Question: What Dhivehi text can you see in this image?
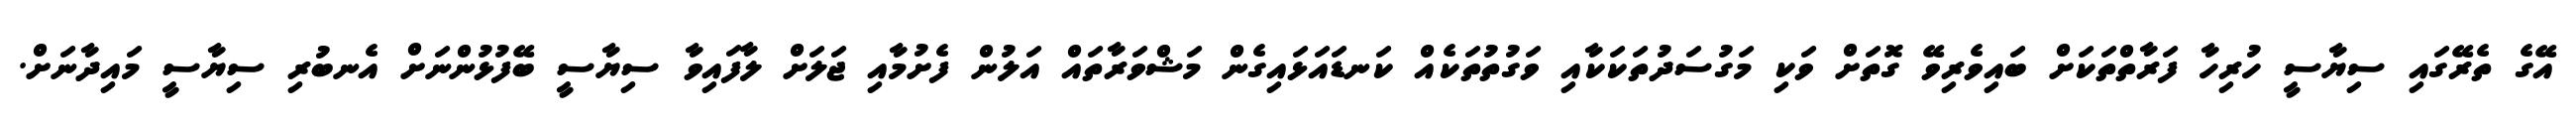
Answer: އޭގެ ތެރޭގައި ސިޔާސީ ހުރިހާ ފަރާތްތަކަށް ބައިވެރިވޭ ގޮތަށް ވަކި މަގުސަދުތަކަކާއި ވަގުތުތަކެއް ކަނޑައަޅައިގެން މަޝްވަރާތައް އަލުން ފެށުމާއި ޖަލަށް ލާފައިވާ ސިޔާސީ ބޭފުޅުންނަށް އެނބުރި ސިޔާސީ މައިދާނަށް.